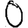
Digit: 0